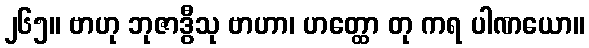
၂၆၅။ ဗာဟု ဘုဇာဒွီသု ဗာဟာ၊ ဟတ္ထော တု ကရ ပါဏယော။